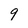
Character: 9